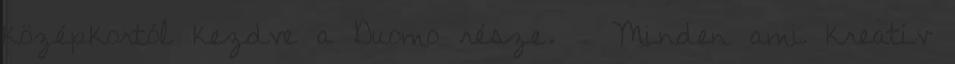
középkortól kezdve a Duomo része. ♥ Minden ami kreatív